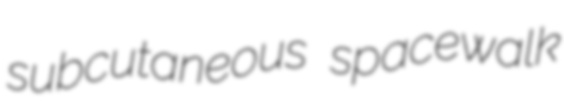
subcutaneous spacewalk